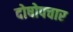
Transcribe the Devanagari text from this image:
दोषोपचार